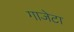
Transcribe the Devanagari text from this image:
गाजेटा